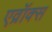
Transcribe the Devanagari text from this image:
एव्रॉक्स